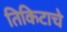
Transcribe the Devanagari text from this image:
तिकिटाचे